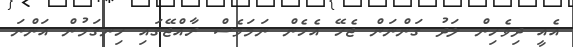
އެއީ ދިވެހިން ލަދު ގަންނަން ޖެހޭ އެހެން ނަމަވެސް ރާއްޖޭގައި ހިނގަމުން އަންނަ